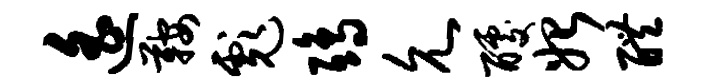
遥鞍彪鸱允醵始醴